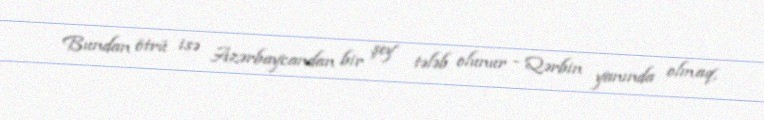
Bundan ötrü isə Azərbaycandan bir şey tələb olunur - Qərbin yanında olmaq,